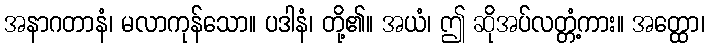
အနာဂတာနံ၊ မလာကုန်သော။ ပဒါနံ၊ တို့၏။ အယံ၊ ဤ ဆိုအပ်လတ္တံ့ကား။ အတ္ထော၊